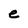
Character: e